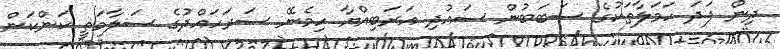
ދިން ފަދަ ހަމަލާތަކުގެ ސަބަބުން ސައުދި އަރަބިއްޔާ ހިމެނޭ ސަރަހައްދުގެ ސަލާމަތީ ކަންކަން